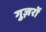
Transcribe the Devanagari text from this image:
गुज़रों